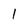
Character: 1